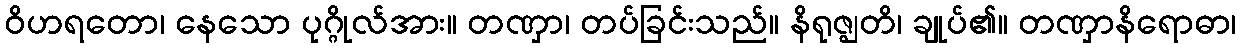
ဝိဟရတော၊ နေသော ပုဂ္ဂိုလ်အား။ တဏှာ၊ တပ်ခြင်းသည်။ နိရုဇ္ဈတိ၊ ချုပ်၏။ တဏှာနိရောဓာ၊